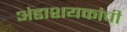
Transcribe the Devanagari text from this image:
अंडाशयकांची